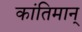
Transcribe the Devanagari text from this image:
कांतिमान्‌